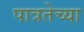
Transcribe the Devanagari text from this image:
पात्रतेच्या